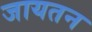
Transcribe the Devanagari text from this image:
जायतन